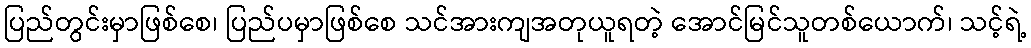
ပြည်တွင်းမှာဖြစ်စေ၊ ပြည်ပမှာဖြစ်စေ သင်အားကျအတုယူရတဲ့ အောင်မြင်သူတစ်ယောက်၊ သင့်ရဲ့